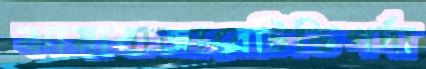
ঝামাবাজারেটিভিপর্দা